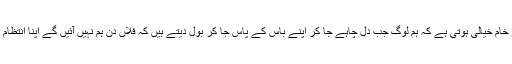
ا ن کو خام خیالی ہوتی ہے کہ ہم لوگ جب دِل چاہے جا کر اپنے باس کے پاس جا کر بول دیتے ہیں کہ فلاں دن ہم نہیں آئیں گے اپنا انتظام کر لو۔